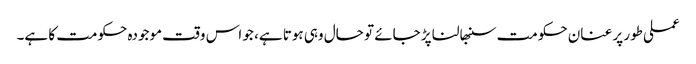
عملی طور پر عنان حکومت سنبھالنا پڑ جائے تو حال وہی ہوتا ہے، جو اس وقت موجودہ حکومت کا ہے۔